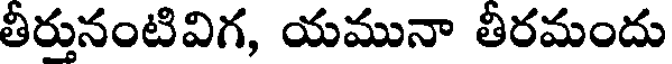
తీర్తునంటివిగ, యమునా తీరమందు